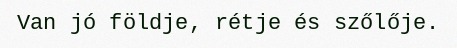
Van jó földje, rétje és szőlője.